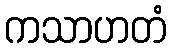
ကသာဟတံ